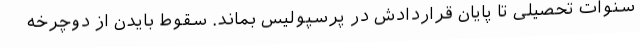
سنوات تحصیلی تا پایان قراردادش در پرسپولیس بماند. سقوط بایدن از دوچرخه